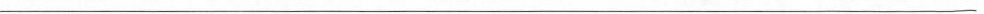
___